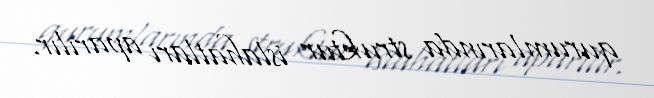
qurumlarında struktur islahatları aparılır.